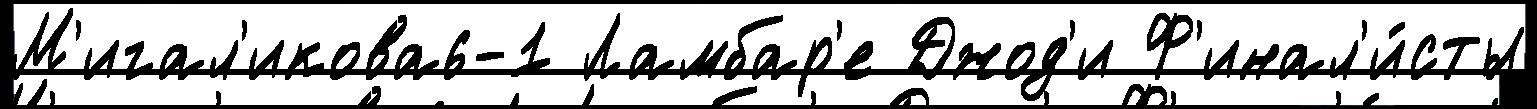
М'игал'икова6-1 Ламбар'е Джод'и Ф'инал'и́сты